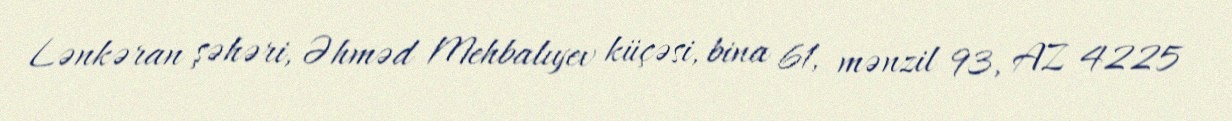
Lənkəran şəhəri, Əhməd Mehbalıyev küçəsi, bina 61, mənzil 93, AZ 4225